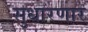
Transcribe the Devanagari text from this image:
सुधारणार